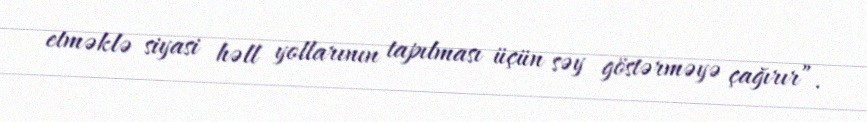
etməklə siyasi həll yollarının tapılması üçün səy göstərməyə çağırır”.